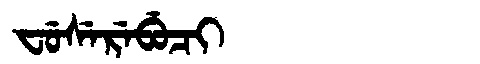
Manchu: ᠸᡠᠰᡝᡵᡝᠪᡠᠴᡳ
Romanization: FUSEREBUCI